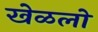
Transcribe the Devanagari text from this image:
खेळलो